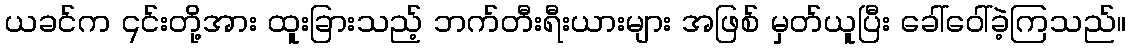
ယခင်က ၎င်းတို့အား ထူးခြားသည့် ဘက်တီးရီးယားများ အဖြစ် မှတ်ယူပြီး ခေါ်ဝေါ်ခဲ့ကြသည်။